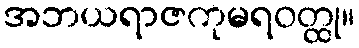
အဘယရာဇကုမရဝတ္ထု။